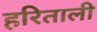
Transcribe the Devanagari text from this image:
हरिताली